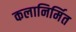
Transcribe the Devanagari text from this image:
कलानिर्मित